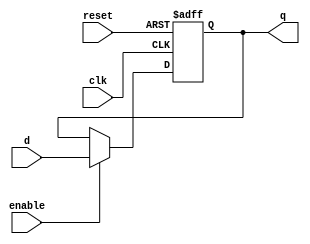
`timescale 1ns / 1ps
//////////////////////////////////////////////////////////////////////////////////
// Company: 
// Engineer: 
// 
// Design Name: 
// Module Name: Nbit_register
// Project Name: 
// Target Devices: 
// Tool Versions: 
// Description: 
// 
// Dependencies: 
// 
// Revision:
// Revision 0.01 - File Created
// Additional Comments:
// 
//////////////////////////////////////////////////////////////////////////////////

module Nbit_register(
// inputs
clk, enable, d, reset,
// outputs
q
);

parameter N = 8;

input clk;
input enable;
input reset;
input [N-1:0] d;
output reg [N-1:0] q;

always @ (posedge clk or posedge reset)
begin
    if (reset == 1) begin
        q <= 0;
    end else if (enable == 1) begin
        q <= d;
    end
end                
endmodule